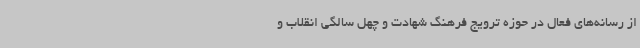
از رسانه‌های فعال در حوزه ترویج فرهنگ شهادت و چهل سالگی انقلاب و